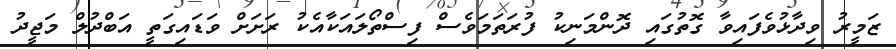
ޒަމީރު ވިދާޅުވެފައިވާ ގޮތުގައި ދޮންމަނިކު ފުރަތަމަވެސް ފިސްތޯލައަކާއެކު ރަށަށް ވަޑައިގަތީ އަބްދުލް މަޖީދު